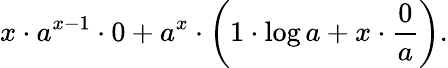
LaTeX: x\cdot a^{x-1}\cdot 0+a^{x}\cdot\left(1\cdot\log a+x\cdot{\frac{0}{a}}\right).